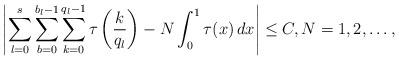
LaTeX: \begin{align*} \left| \sum_{l=0}^{s} \sum_{b=0}^{b_l-1} \sum_{k=0}^{q_l-1} \tau \left( \frac{k}{q_l} \right) - N \int_0^1 \tau (x) \, dx \right| \leq C , N=1,2, \ldots ,\end{align*}